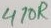
Text: 470R